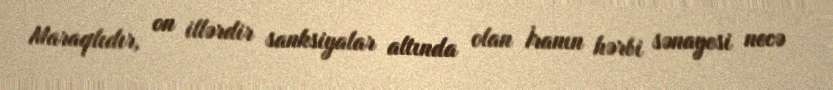
Maraqlıdır, on illərdir sanksiyalar altında olan İranın hərbi sənayesi necə